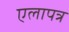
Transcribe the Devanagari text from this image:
एलापत्र